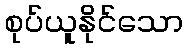
စုပ်ယူနိုင်သော